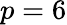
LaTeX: p=6